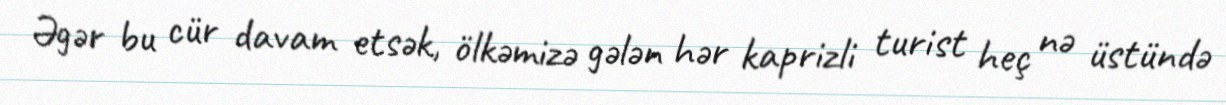
Əgər bu cür davam etsək, ölkəmizə gələn hər kaprizli turist heç nə üstündə